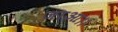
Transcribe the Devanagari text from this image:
जाआ।।